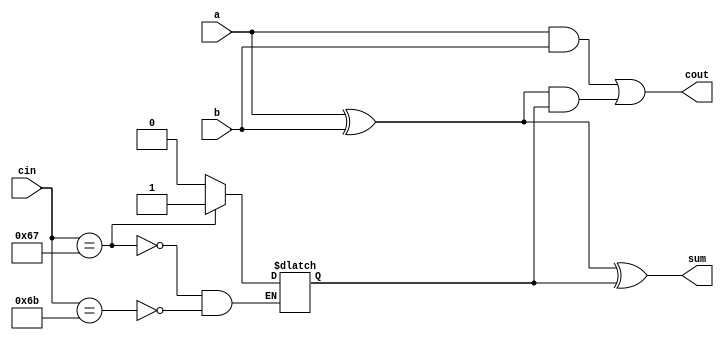

module fulladder ( cin, a, b, sum, cout);

input a,b;
input [7:0]cin;
output sum,cout;
reg c;
wire w1,w2,w3;

always@(a,b,cin)
begin
if(cin=="k")
 c=1'b0;

if(cin=="g")
 c=1'b1;
 
end

xor(w1,a,b);
xor(sum,w1,c);
and(w2,a,b);
and(w3,w1,c);
or(cout,w2,w3);

endmodule